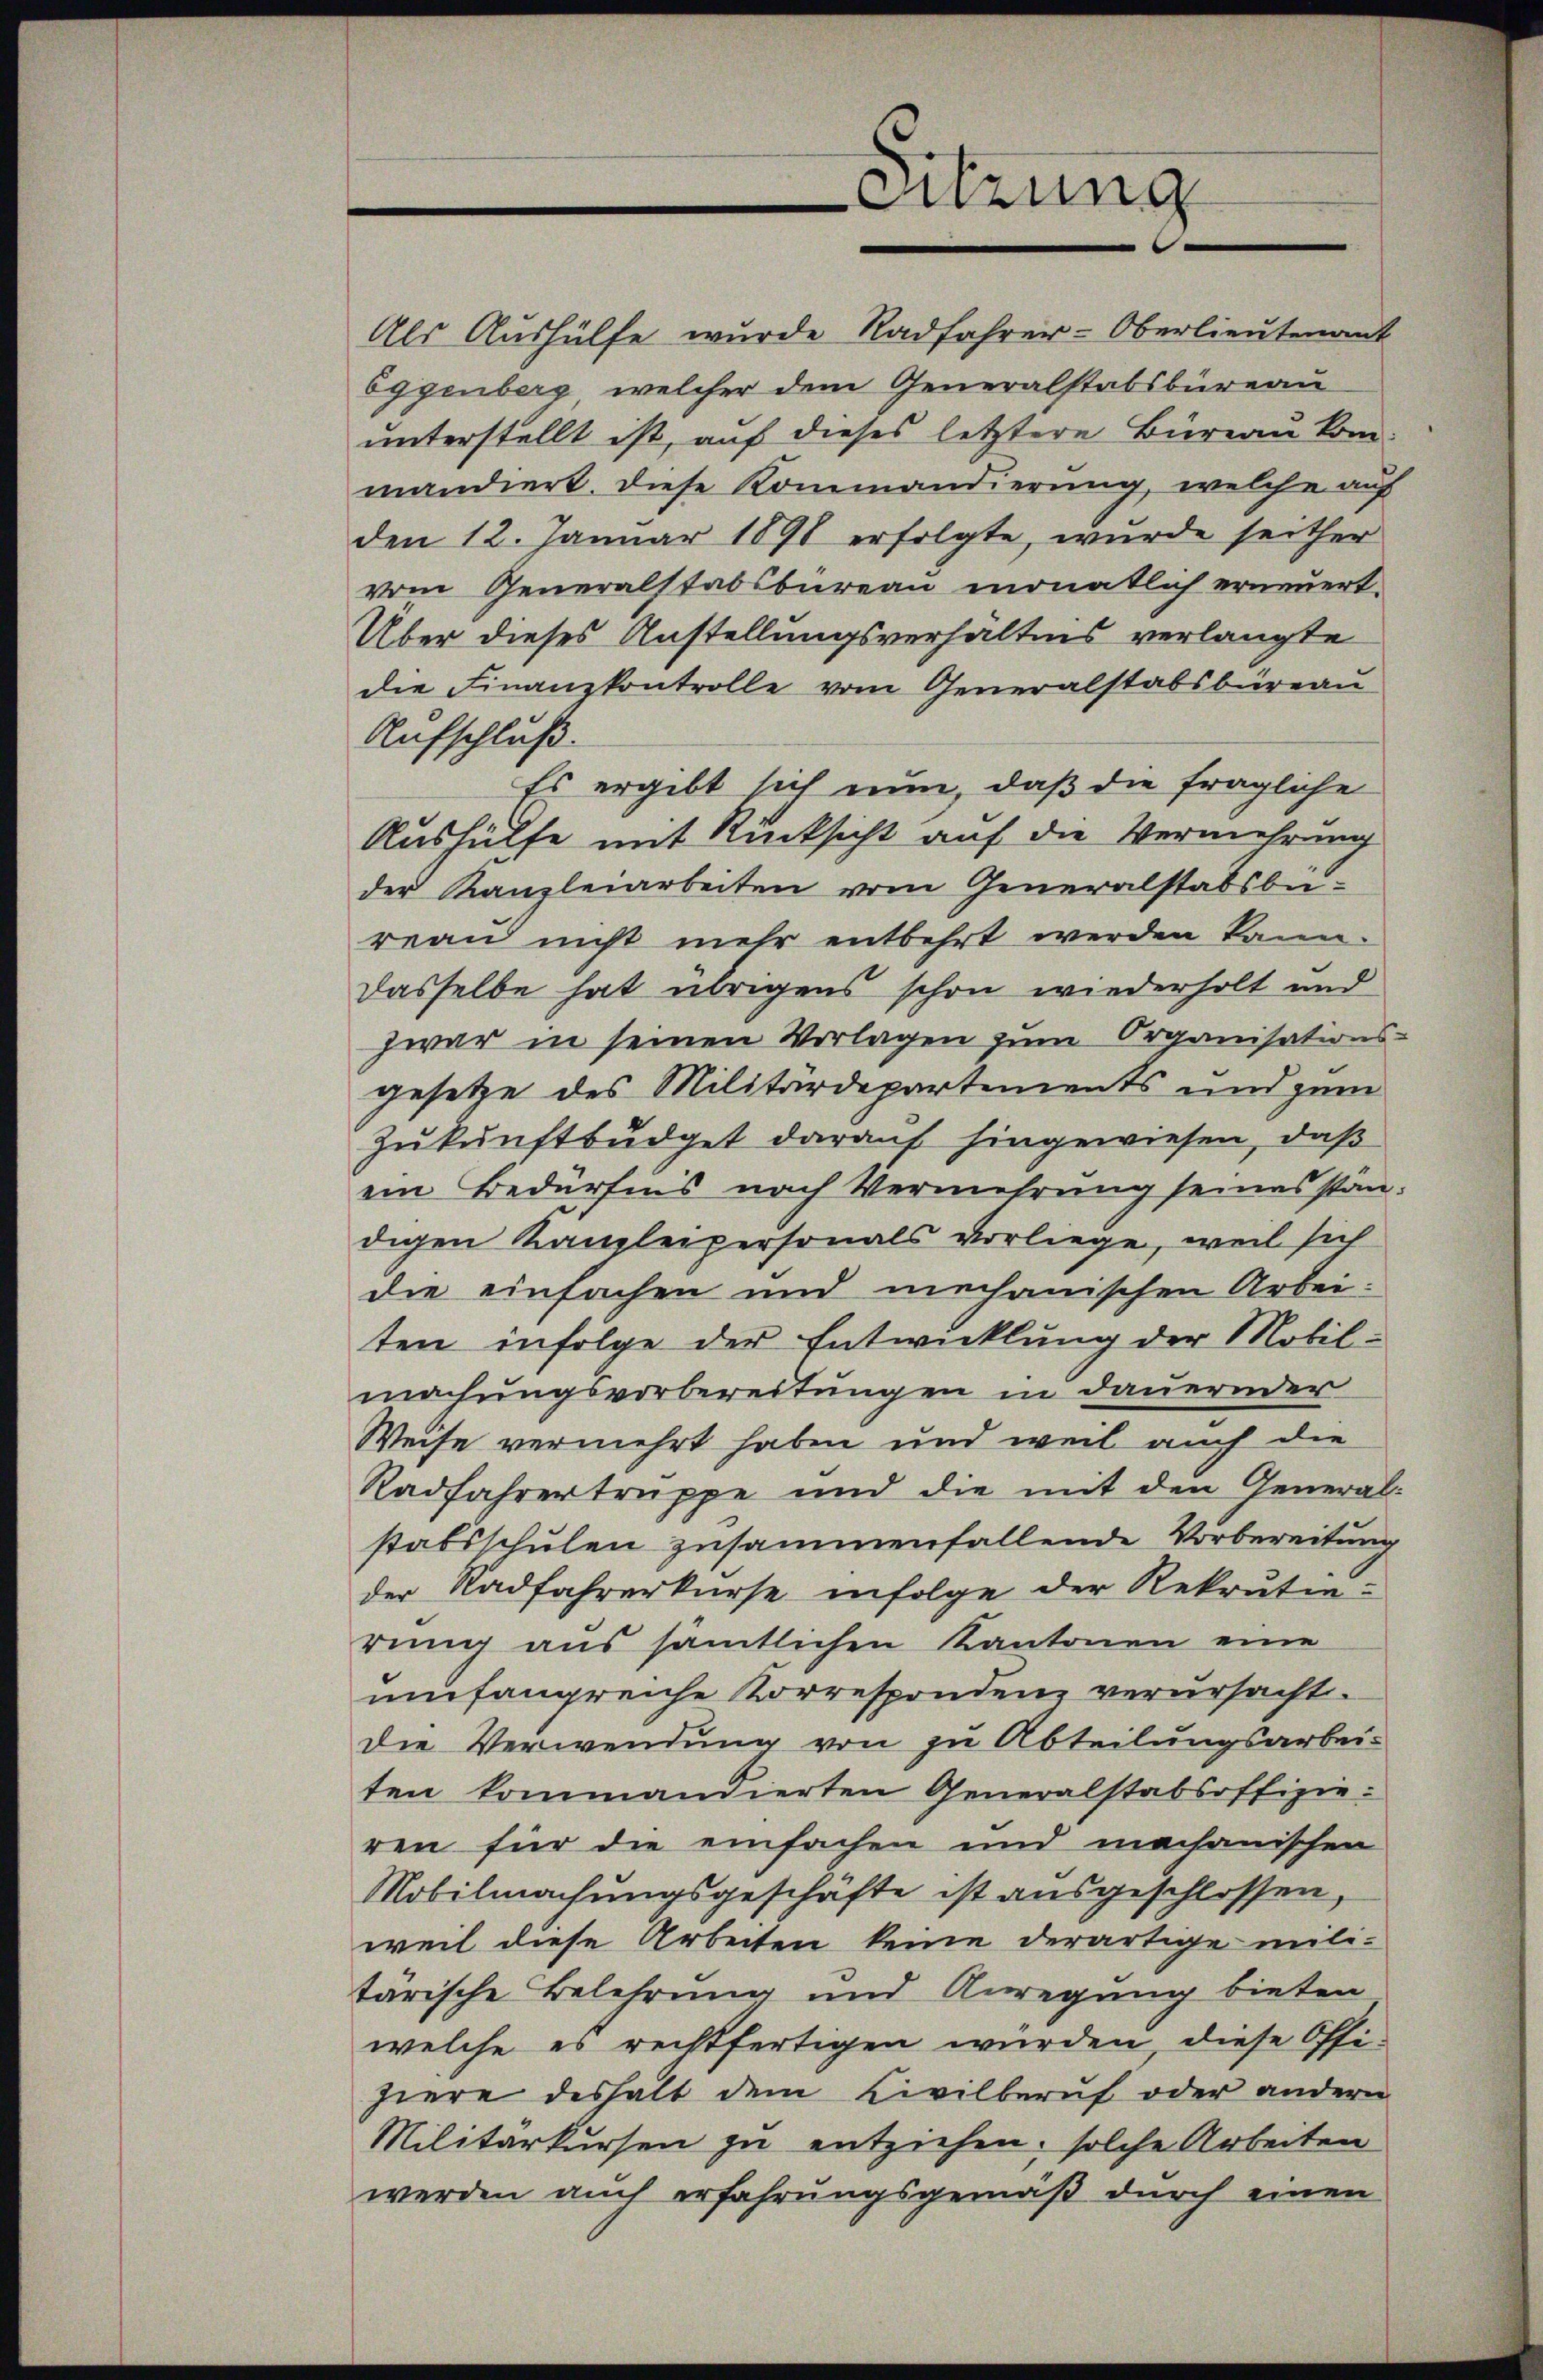
Sitzung

Als Aushülfe wurde Radfahrer-Oberlieutenant
Eggenberg, welcher dem Generalstabsbureau
unterstellt ist, auf dieses letztere Büreau kom-
mandiert. Diese Kommandierung, welche auf
den 12. Januar 1891 erfolgte, wurde seither
vom Generalstabsbureau monatlich erneuert.
Über dieses Anstellungsverhältnis verlangte
die Finanzkontrolle vom Generalstabsbureau
Aufschluß.
Es ergibt sich nun, daß die fragliche
Aushülfe mit Rücksicht auf die Vermehrung
der Kanzleiarbeiten vom Generalstabsbureau nicht mehr entbehrt werden kann.
Dasselbe hat übrigens schon wiederholt und
zwar in seinen Vorlagen zum Organisations-
gesetze des Militärdepartements und zum
Zukunftbüdget darauf hingewiesen, daß
ein Bedürfnis nach Vermehrung seines standigen Kanzleipersonals vorliege, weil sich
die einfachen und mechanischen Arbeiten infolge der Entwicklung der Mobil-
machungsvorbereitungen in dauernder
Weise vermehrt haben und weil auch die
Radfahrertruppe und die mit den Generalstabsschulen zusammenfallende Vorbereitung
der Radfahrerkurse infolge der Rekrutin-
rung aus sämtlichen Kantonen eine
umfangreiche Korrespondenz verursacht.
Die Verwendung von zu Abteilungsarbei-
ten kommandierten Generalstabsoffizie-
ren für die einfachen und machanischen
Mobilmachungsgeschäfte ist ausgeschlossen,
weil diese Arbeiten keine derartige mili-
tärische Belehrung und Anregung bieten
welche es rechtfertigen würden, diese Offi-
hiere deshalb dem Civilberuf oder andern
Militärkursen zu entziehen, solche Arbeiten
werden auch erfahrungsgemäß durch einen